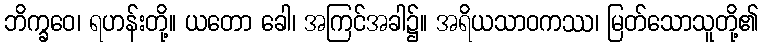
ဘိက္ခဝေ၊ ရဟန်းတို့။ ယတော ခေါ၊ အကြင်အခါ၌။ အရိယသာဝကဿ၊ မြတ်သောသူတို့၏